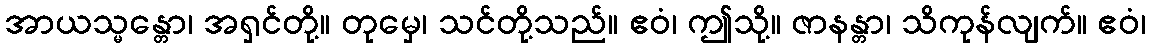
အာယသ္မန္တော၊ အရှင်တို့။ တုမှေ၊ သင်တို့သည်။ ဧဝံ၊ ဤသို့။ ဇာနန္တာ၊ သိကုန်လျက်။ ဧဝံ၊